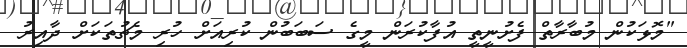
"މޮޅަކުން މުބާރާތް ފެށުނީތީ އުފާކުރަން މީގެ ސަބަބުން ކުރިއަށް ހުރި މެޗުތަކަށް ދާއިރު